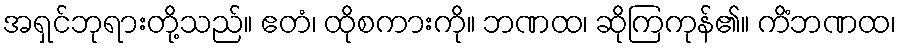
အရှင်ဘုရားတို့သည်။ ဧတံ၊ ထိုစကားကို။ ဘဏထ၊ ဆိုကြကုန်၏။ ကိံဘဏထ၊